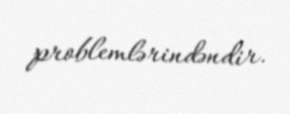
problemlərindəndir.